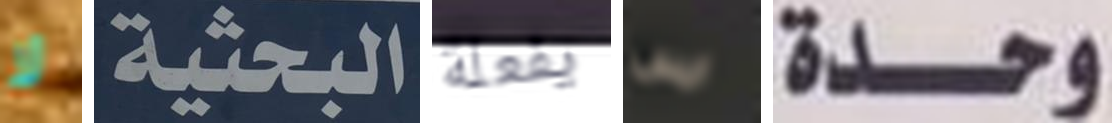
لا البحثية يفعلة ايس وحدة